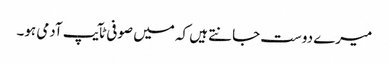
میرے دوست جانتے ہیں کہ میں صوفی ٹآیپ آدمی ہو۔